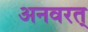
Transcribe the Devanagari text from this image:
अनवरत्